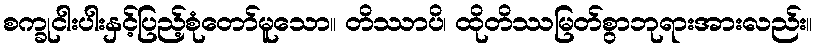
စက္ခုငါးပါးနှင့်ပြည့်စုံတော်မူသော။ တိဿာပိ၊ ထိုတိဿမြတ်စွာဘုရားအားလည်း။